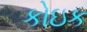
કોઇક